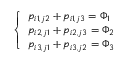
\left\{ \begin{array} { l l } { p _ { i 1 , j 2 } + p _ { i 1 , j 3 } = \Phi _ { 1 } } \\ { p _ { i 2 , j 1 } + p _ { i 2 , j 3 } = \Phi _ { 2 } } \\ { p _ { i 3 , j 1 } + p _ { i 3 , j 2 } = \Phi _ { 3 } } \end{array} \right.